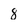
Character: 8